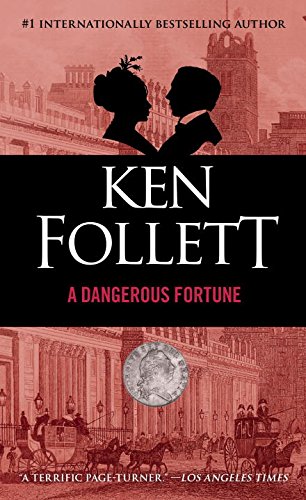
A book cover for A Dangerous Fortune; Ken Follett; Mystery, Thriller & Suspense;